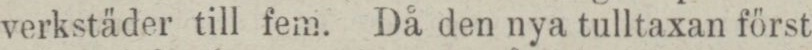
verkstäder till fem. Då den nya tulltaxan först